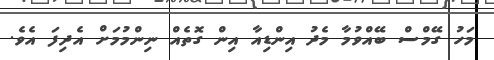
މަހު ގޭމްސް ބޭއްވުމާ މެދު އިންޑިއާ އިން ގޮތެއް ނިންމުމަށް އެދިފަ އެވެ.